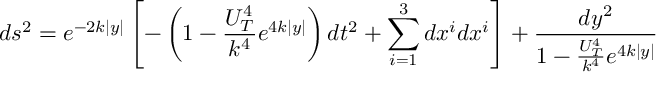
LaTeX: d s ^ { 2 } = e ^ { - 2 k | y | } \left[ - \left( 1 - \frac { U _ { T } ^ { 4 } } { k ^ { 4 } } e ^ { 4 k | y | } \right) d t ^ { 2 } + \sum _ { i = 1 } ^ { 3 } d x ^ { i } d x ^ { i } \right] + \frac { d y ^ { 2 } } { 1 - \frac { U _ { T } ^ { 4 } } { k ^ { 4 } } e ^ { 4 k | y | } }